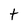
Character: t